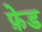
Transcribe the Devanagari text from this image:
फ़ेड